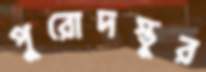
পুরোদস্তুর